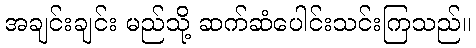
အချင်းချင်း မည်သို့ ဆက်ဆံပေါင်းသင်းကြသည်။